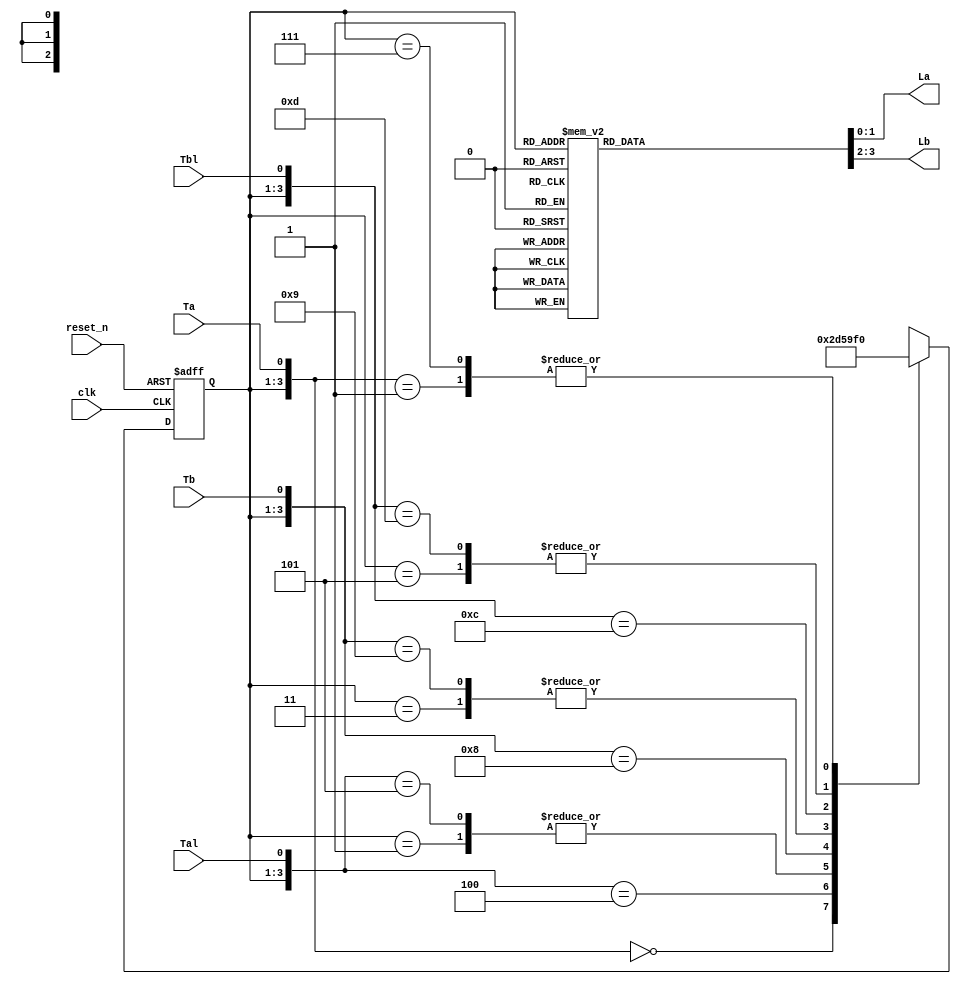
//traffic light with left signal - behavioral implementation
module tl_cntr_w_left (La, Lb, clk, reset_n, Ta, Tal, Tb, Tbl);
	input clk, reset_n, Ta, Tal, Tb, Tbl;
	output [1:0] La, Lb;
	
	// Encoded states
	parameter S0 = 3'b000; 
	parameter S1 = 3'b001;
	parameter S2 = 3'b010;
	parameter S3 = 3'b011;
	parameter S4 = 3'b100; 
	parameter S5 = 3'b101;
	parameter S6 = 3'b110;
	parameter S7 = 3'b111;
	
	// Encoded colors for outputs
	parameter GREEN = 2'b00;
	parameter YELLOW = 2'b01;
	parameter LEFT = 2'b10;
	parameter RED = 2'b11;
	
	// Sequential circuit part
	reg [2:0] state;
	reg [2:0] next_state;
	always @ (posedge clk or negedge reset_n)
	begin
		if (reset_n == 1'b0) state <= S0;
		else state <= next_state;
	end
	
	// Combinational circuit part
	// State transition condition
	always @ (state or Ta or Tal or Tb or Tbl)
	begin
	casex ({state, Ta, Tal, Tb, Tbl})
		{S0, 1'b0, 1'bx, 1'bx, 1'bx}: next_state <= S1;
		{S0, 1'b1, 1'bx, 1'bx, 1'bx}: next_state <= S0;
		{S1, 1'bx, 1'bx, 1'bx, 1'bx}: next_state <= S2;
		{S2, 1'bx, 1'b0, 1'bx, 1'bx}: next_state <= S3;
		{S2, 1'bx, 1'b1, 1'bx, 1'bx}: next_state <= S2;
		{S3, 1'bx, 1'bx, 1'bx, 1'bx}: next_state <= S4;
		{S4, 1'bx, 1'bx, 1'b0, 1'bx}: next_state <= S5;
		{S4, 1'bx, 1'bx, 1'b1, 1'bx}: next_state <= S4;
		{S5, 1'bx, 1'bx, 1'bx, 1'bx}: next_state <= S6;
		{S6, 1'bx, 1'bx, 1'bx, 1'b0}: next_state <= S7;
		{S6, 1'bx, 1'bx, 1'bx, 1'b1}: next_state <= S6;
		{S7, 1'bx, 1'bx, 1'bx, 1'bx}: next_state <= S0;
		default: next_state <= 3'bx;
	endcase
	end 
	
	// State output generation
	reg [1:0] La, Lb;
	always @ (state)
	begin
	casex (state)
		S0: begin La = GREEN; Lb = RED; end
		S1: begin La = YELLOW; Lb = RED; end
		S2: begin La = LEFT; Lb = RED; end
		S3: begin La = YELLOW; Lb = RED; end
		S4: begin La = RED; Lb = GREEN; end
		S5: begin La = RED; Lb = YELLOW; end
		S6: begin La = RED; Lb = LEFT; end
		S7: begin La = RED; Lb = YELLOW; end
		default: next_state <= 3'bx;
	endcase
	end
endmodule